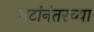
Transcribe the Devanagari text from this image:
भटांनंतरच्या